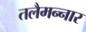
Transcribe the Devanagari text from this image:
तलैमन्‍नार